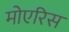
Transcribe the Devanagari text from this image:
मोएरिस